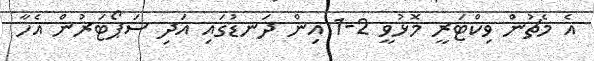
އެ މެޗުން ވިކްޓަރީ މޮޅުވީ 2-1 އިން ދަނޑުގައި އަދި ސަޕޯޓަރުން އެހާ